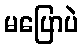
မပြောပဲ